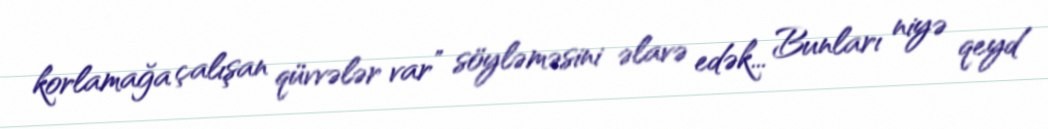
korlamağa çalışan qüvvələr var” söyləməsini əlavə edək... Bunları niyə qeyd